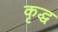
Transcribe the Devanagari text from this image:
कृद्ध